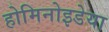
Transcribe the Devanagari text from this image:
होमिनोइडेया